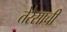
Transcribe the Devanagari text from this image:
तेरेसाची